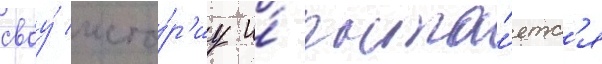
своу́ исто́р'иу и́ пыта́етс'я